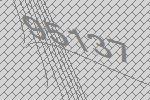
95137